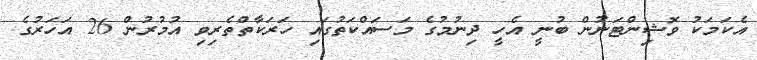
އެކަމަކު ވޮޝިންޓަނުން ބުނީ އެހީ ދިނުުމުގެ މަސައްކަތުގައި ހަރަކާތްތެރިވި އުމުރުން 26 އަހަރުގެ